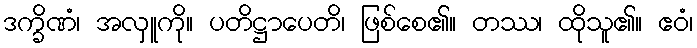
ဒက္ခိဏံ၊ အလှူကို။ ပတိဋ္ဌာပေတိ၊ ဖြစ်စေ၏။ တဿ၊ ထိုသူ၏။ ဧဝံ၊